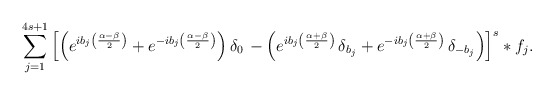
\begin{align*} \sum_{j=1}^{4s+1} \left[ \left(e^{ib_j\left(\frac{\alpha-\beta}{2}\right)}+e^{-ib_j\left(\frac{\alpha-\beta}{2} \right)}\right) \delta_0\, -\left(e^{ib_j\left(\frac{\alpha+\beta}{2}\right)}\,\delta_{b_j} +e^{-ib_j\left(\frac{\alpha+\beta}{2}\right)}\,\delta_{- b_j}\right) \right]^s \ast f_j. \end{align*}